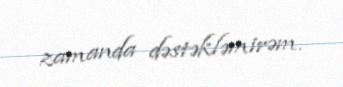
zamanda dəstəkləmirəm.